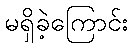
မရှိခဲ့ကြောင်း